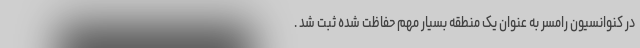
در کنوانسیون رامسر به عنوان یک منطقه بسیار مهم حفاظت شده ثبت شد .